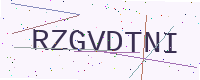
Text: RZGVDTNI